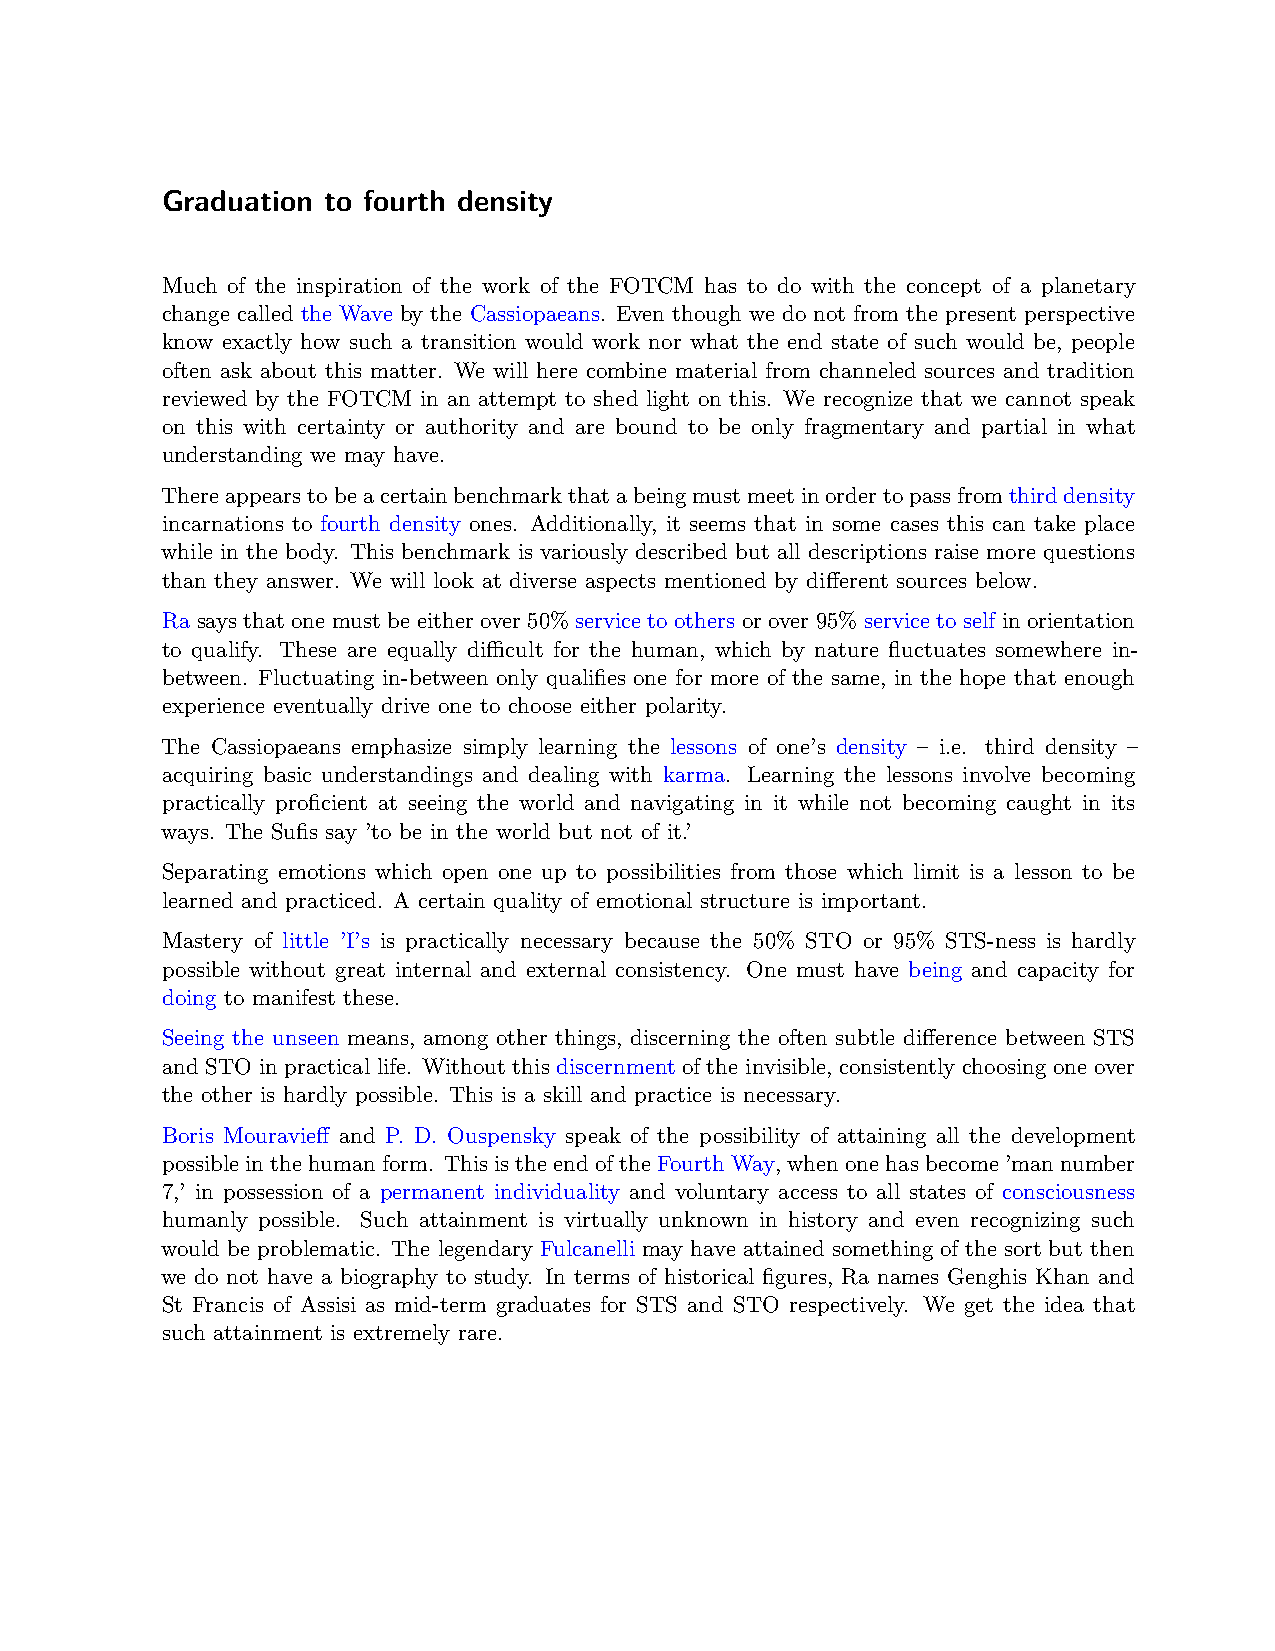
Graduation to fourth density
 Much of the inspiration of the work of the FOTCM has to do with the concept of a planetary
 change called the Wave by the Cassiopaeans. Even though we do not from the present perspective
 know exactly how such a transition would work nor what the end state of such would be, people
 often ask about this matter. We will here combine material from channeled sources and tradition
 reviewed by the FOTCM in an attempt to shed light on this. We recognize that we cannot speak
 on this with certainty or authority and are bound to be only fragmentary and partial in what
 understanding we may have.
 Thereappearstobeacertainbenchmarkthatabeingmustmeetinordertopassfromthirddensity
 incarnations to fourth density ones. Additionally, it seems that in some cases this can take place
 while in the body. This benchmark is variously described but all descriptions raise more questions
 than they answer. We will look at diverse aspects mentioned by different sources below.
 Ra says that one must be either over 50% service to others or over 95% service to self in orientation
 to qualify. These are equally diﬀicult for the human, which by nature fluctuates somewhere in-
 between. Fluctuating in-between only qualifies one for more of the same, in the hope that enough
 experience eventually drive one to choose either polarity.
 The Cassiopaeans emphasize simply learning the lessons of one’s density – i.e. third density –
 acquiring basic understandings and dealing with karma. Learning the lessons involve becoming
 practically proficient at seeing the world and navigating in it while not becoming caught in its
 ways. The Sufis say ’to be in the world but not of it.’
 Separating emotions which open one up to possibilities from those which limit is a lesson to be
 learned and practiced. A certain quality of emotional structure is important.
 Mastery of little ’I’s is practically necessary because the 50% STO or 95% STS-ness is hardly
 possible without great internal and external consistency. One must have being and capacity for
 doing to manifest these.
 Seeing the unseen means, among other things, discerning the often subtle difference between STS
 and STO in practical life. Without this discernment of the invisible, consistently choosing one over
 the other is hardly possible. This is a skill and practice is necessary.
 Boris Mouravieff and P. D. Ouspensky speak of the possibility of attaining all the development
 possibleinthehumanform. ThisistheendoftheFourthWay, whenonehasbecome’mannumber
 7,’ in possession of a permanent individuality and voluntary access to all states of consciousness
 humanly possible. Such attainment is virtually unknown in history and even recognizing such
 would be problematic. The legendary Fulcanelli may have attained something of the sort but then
 we do not have a biography to study. In terms of historical figures, Ra names Genghis Khan and
 St Francis of Assisi as mid-term graduates for STS and STO respectively. We get the idea that
 such attainment is extremely rare.